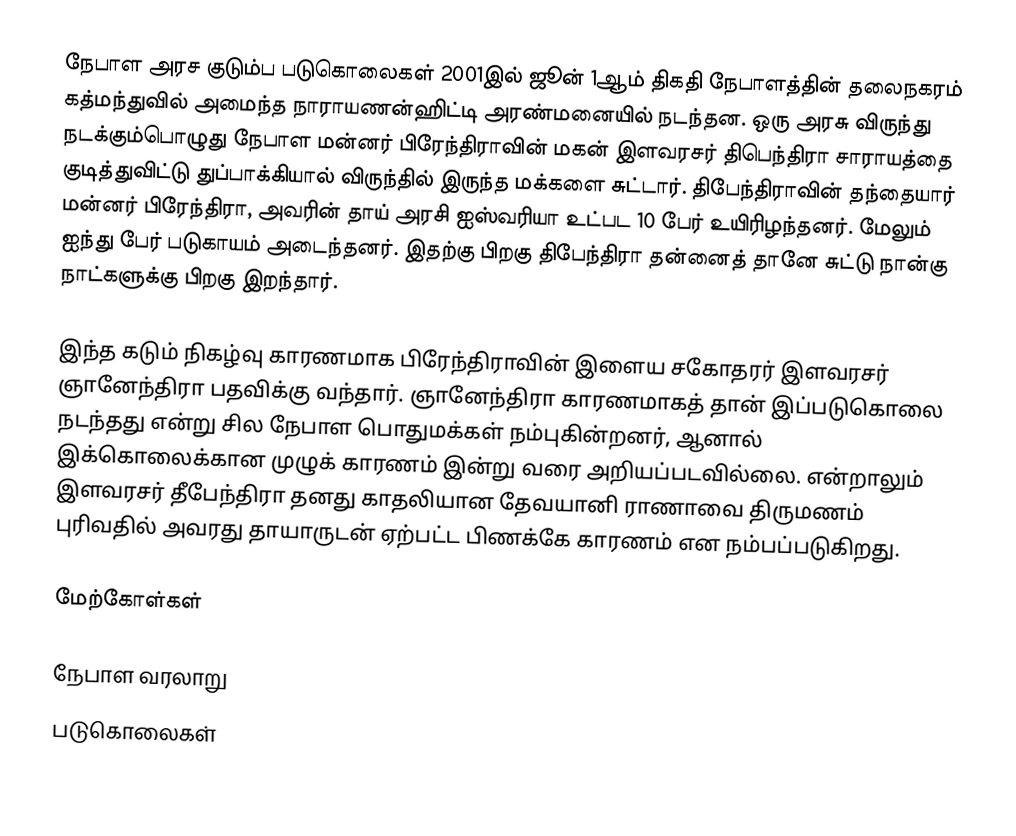
நேபாள அரச குடும்ப படுகொலைகள் 2001இல் ஜூன் 1ஆம் திகதி நேபாளத்தின் தலைநகரம் கத்மந்துவில் அமைந்த நாராயணன்ஹிட்டி அரண்மனையில் நடந்தன. ஒரு அரசு விருந்து நடக்கும்பொழுது நேபாள மன்னர் பிரேந்திராவின் மகன் இளவரசர் திபெந்திரா சாராயத்தை குடித்துவிட்டு துப்பாக்கியால் விருந்தில் இருந்த மக்களை சுட்டார். திபேந்திராவின் தந்தையார் மன்னர் பிரேந்திரா, அவரின் தாய் அரசி ஐஸ்வரியா உட்பட 10 பேர் உயிரிழந்தனர். மேலும் ஐந்து பேர் படுகாயம் அடைந்தனர். இதற்கு பிறகு திபேந்திரா தன்னைத் தானே சுட்டு நான்கு நாட்களுக்கு பிறகு இறந்தார்.

இந்த கடும் நிகழ்வு காரணமாக பிரேந்திராவின் இளைய சகோதரர் இளவரசர் ஞானேந்திரா பதவிக்கு வந்தார். ஞானேந்திரா காரணமாகத் தான் இப்படுகொலை நடந்தது என்று சில நேபாள பொதுமக்கள் நம்புகின்றனர், ஆனால் இக்கொலைக்கான முழுக் காரணம் இன்று வரை அறியப்படவில்லை. என்றாலும் இளவரசர் தீபேந்திரா தனது காதலியான தேவயானி ராணாவை திருமணம் புரிவதில் அவரது தாயாருடன் ஏற்பட்ட பிணக்கே காரணம் என நம்பப்படுகிறது.

மேற்கோள்கள்

நேபாள வரலாறு
படுகொலைகள்